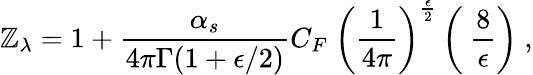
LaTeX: \mathbb{Z}_{{\lambda}}=1+\frac{{\alpha_{s}}}{{4\pi\Gamma(1+\epsilon/2)}}C_{F}~\left({\frac{{1}}{{4\pi}}}\right)^{{\frac{{\epsilon}}{{2}}}}\left(~\frac{{8}}{{\epsilon}}\right)\ ,